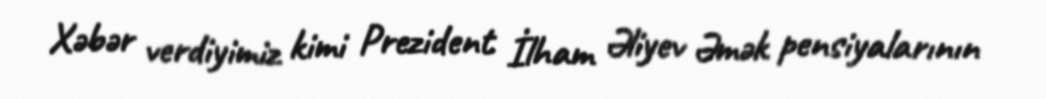
Xəbər verdiyimiz kimi Prezident İlham Əliyev Əmək pensiyalarının